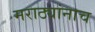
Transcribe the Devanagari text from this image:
मराठ्यांनाच